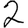
Digit: 2